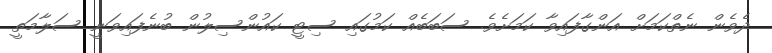
ދެވެން ނެތްކަމަށް އަންގާފައިވާ ކަމަށެވެ. ސަބަބެއް ކަމުގައި ސިޓީ ކައުންސިލުން ބުނެފައިވަނީ ސަލާމަތީ